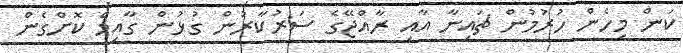
ކަން މިހެން ހުރުމުން ޗައިނާ އާއި ރާއްޖޭގެ ސަރުކާރުން ގުޅުން ގާއިމް ކޮށްގެން